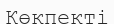
Көкпекті